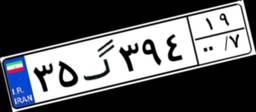
۳۵گ۳۹۴۱۹